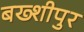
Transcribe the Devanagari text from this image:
बख्शीपुर